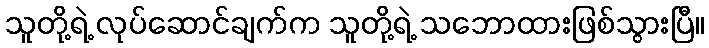
သူတို့ရဲ့ လုပ်ဆောင်ချက်က သူတို့ရဲ့ သဘောထားဖြစ်သွားပြီ။